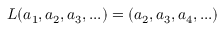
L ( a _ { 1 } , a _ { 2 } , a _ { 3 } , . . . ) = ( a _ { 2 } , a _ { 3 } , a _ { 4 } , . . . )